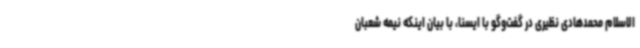
الاسلام محمدهادی نظیری در گفت‌وگو با ایسنا، با بیان اینکه نیمه شعبان